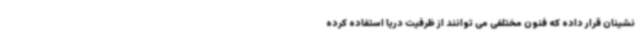
نشینان قرار داده که فنون مختلفی می توانند از ظرفیت دریا استفاده کرده